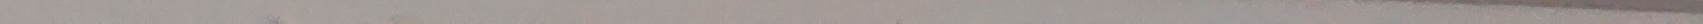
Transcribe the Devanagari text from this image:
म